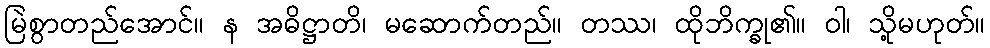
မြဲစွာတည်အောင်။ န အဓိဋ္ဌာတိ၊ မဆောက်တည်။ တဿ၊ ထိုဘိက္ခု၏။ ဝါ၊ သို့မဟုတ်။